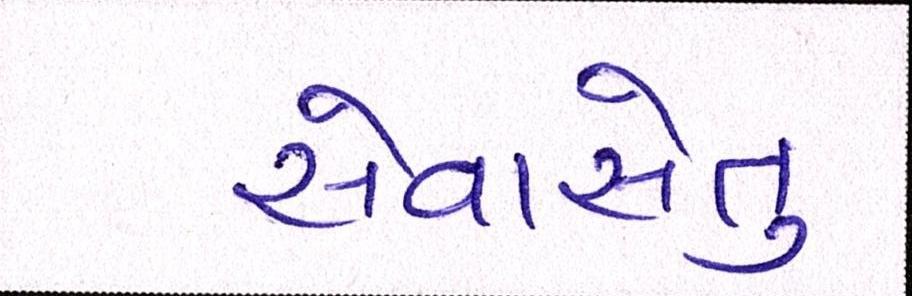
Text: સેવાસેતુ